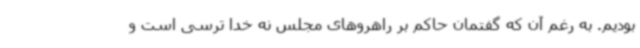
بودیم. به رغم آن که گفتمان حاکم بر راهروهای مجلس نه خدا ترسی است و